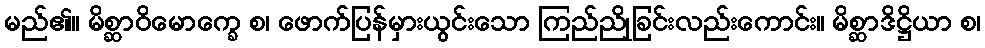
မည်၏။ မိစ္ဆာဝိမောက္ခေ စ၊ ဖောက်ပြန်မှားယွင်းသော ကြည်ညိုခြင်းလည်းကောင်း။ မိစ္ဆာဒိဋ္ဌိယာ စ၊